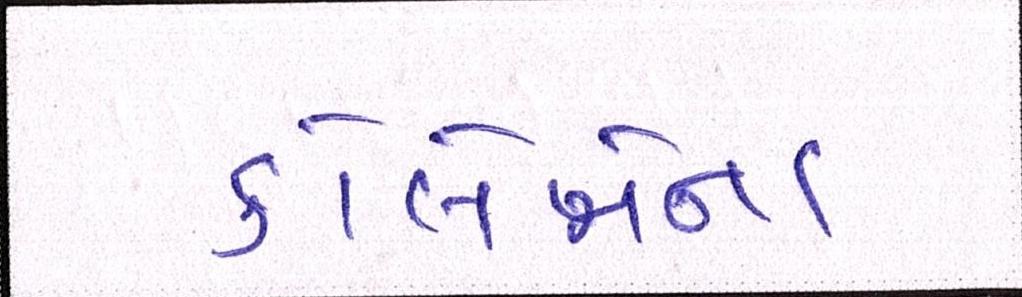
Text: કોલેજોના